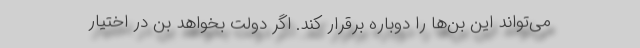
می‌تواند این بن‌ها را دوباره برقرار کند. اگر دولت بخواهد بن در اختیار